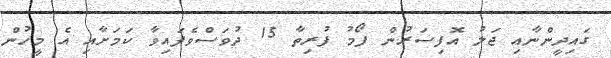
ގައިދީންނާއި ޖަލު އޮފިސަރުން ފޯމު ފުރިތާ 15 ދުވަސްވެފައިވާ ކަމަށާއި އެ މީހުން